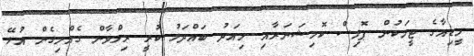
މީޑިއާގެ ޓީމަކުން ޕޮލިސް ކޮމިޝަނަރާއި މިއަދު ބައްދަލު ކުރީ ރިލްވާން ގެއްލިގެން އުޅޭ